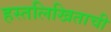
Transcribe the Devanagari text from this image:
हस्तलिखिताची